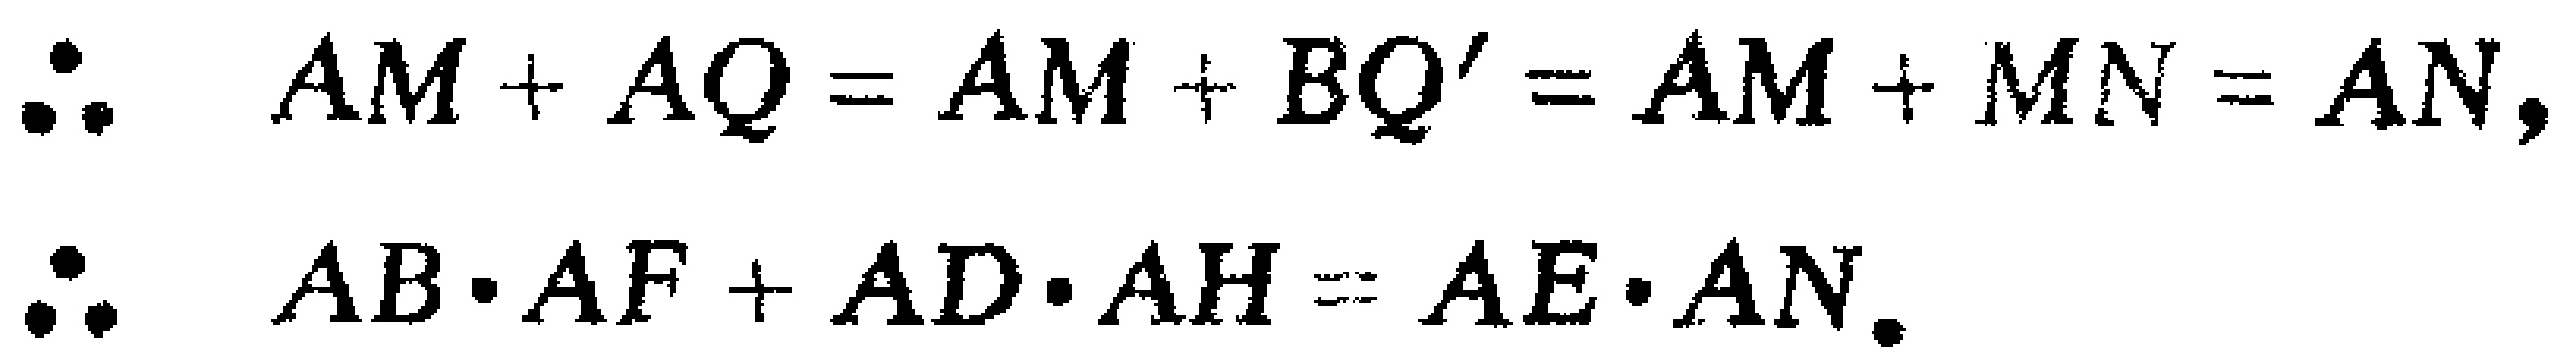
\[\begin{align*}
&\therefore\quad AM + AQ = AM + BQ' = AM + MN = AN,\\
&\therefore\quad AB\cdot AF + AD\cdot AH = AE\cdot AN.
\end{align*}\]